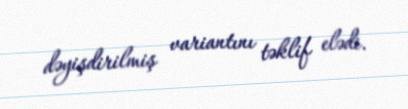
dəyişdirilmiş variantını təklif elədi.